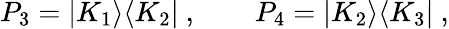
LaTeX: P_{3}=|K_{1}\rangle\langle K_{2}|\ ,\qquad P_{4}=|K_{2}\rangle\langle K_{3}|\ ,